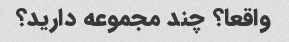
واقعا؟ چند مجموعه دارید؟